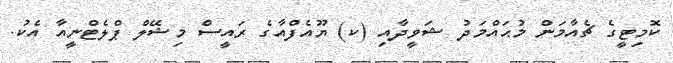
ކޮމިޓީގެ ޗެއާމަން މުޙައްމަދު ޝަވީދާއި (ކ) ޔޫއެފްއާގެ ރައީސް މިޝޭލް ޕްލެޓްނީއާ އެކު.